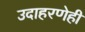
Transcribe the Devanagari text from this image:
उदाहरणेही